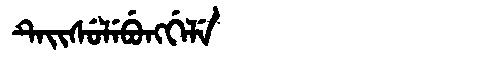
Manchu: ᡨᡝᡳᠰᡠᠯᡝᠪᡠᠩᡤᡝᠯᡝ
Romanization: TEISULEBUNGGELE